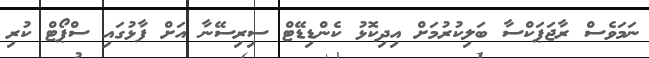
ނަމަވެސް ރާޖަޕަކްސާ ބަލިކުރުމަށް އިދިކޮޅު ކެންޑިޑޭޓް ސިރިސޭނާ އަށް ފާޅުގައި ސްޕޯޓް ކުރި